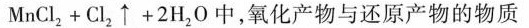
M n C l _ { 2 } + C l _ { 2 } \uparrow